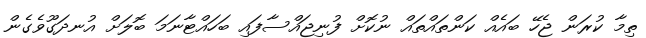
ތިމާ ކުރަން ޖެހޭ ބައެއް ކަންތައްތައް ނުކޮށް ފުނިޖައްސާފައި ބަހައްޓާނަމަ ބޮލަށް އުނދަގޫވެގެން